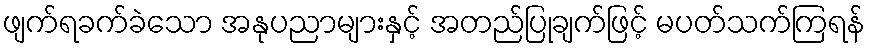
ဖျက်ရခက်ခဲသော အနုပညာများနှင့် အတည်ပြုချက်ဖြင့် မပတ်သက်ကြရန်